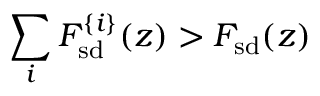
\sum _ { i } F _ { \mathrm { s d } } ^ { \{ i \} } ( z ) > F _ { \mathrm { s d } } ( z )